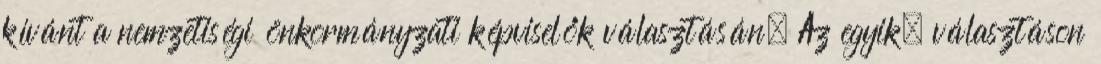
kívánt a nemzetiségi önkormányzati képviselők választásán. Az egyik, választáson